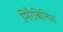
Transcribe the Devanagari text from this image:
मिरैबिलिस